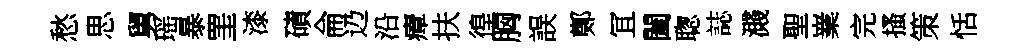
愁思舅瑶暴罣漆磧侖辸沿瘴扶徨胸誤鄭冝闔聦誌濺聖嶪完搔策恬